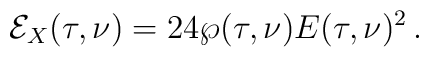
\mathcal{E}_X(\tau,\nu)=24\wp(\tau,\nu)E(\tau,\nu)^2\,.